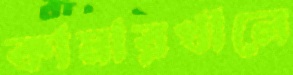
কামারখালে